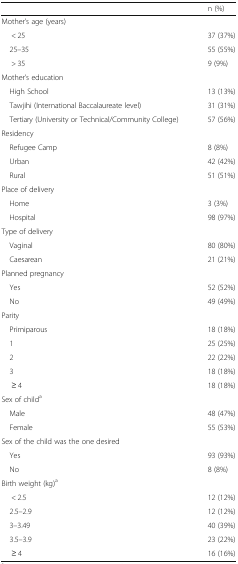
|  | n (%) |
 | --- | --- |
 | Mother’s age (years) |  |
 | < 25 | 37 (37%) |
 | 25–35 | 55 (55%) |
 | > 35 | 9 (9%) |
 | Mother’s education |  |
 | High School | 13 (13%) |
 | Tawjihi (International Baccalaureate level) | 31 (31%) |
 | Tertiary (University or Technical/Community College) | 57 (56%) |
 | Residency |  |
 | Refugee Camp | 8 (8%) |
 | Urban | 42 (42%) |
 | Rural | 51 (51%) |
 | Place of delivery |  |
 | Home | 3 (3%) |
 | Hospital | 98 (97%) |
 | Type of delivery |  |
 | Vaginal | 80 (80%) |
 | Caesarean | 21 (21%) |
 | Planned pregnancy |  |
 | Yes | 52 (52%) |
 | No | 49 (49%) |
 | Parity |  |
 | Primiparous | 18 (18%) |
 | 1 | 25 (25%) |
 | 2 | 22 (22%) |
 | 3 | 18 (18%) |
 | ≥ 4 | 18 (18%) |
 | Sex of childa |  |
 | Male | 48 (47%) |
 | Female | 55 (53%) |
 | Sex of the child was the one desired |  |
 | Yes | 93 (93%) |
 | No | 8 (8%) |
 | Birth weight (kg)a |  |
 | < 2.5 | 12 (12%) |
 | 2.5–2.9 | 12 (12%) |
 | 3–3.49 | 40 (39%) |
 | 3.5–3.9 | 23 (22%) |
 | ≥ 4 | 16 (16%) |